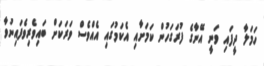
ހަމަލާ ދީފައި ވަނީ އޭނާގެ ފުރަގަހުން ކަމަށާއި އެކަމުގައި އެއްވެސް ވަރަކަށް ބައިވެރިވެފައިނުވާ